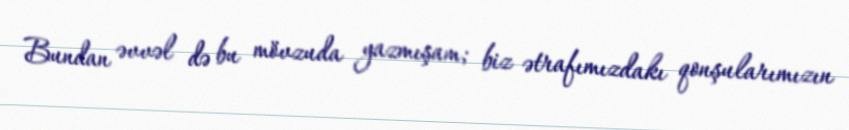
Bundan əvvəl də bu mövzuda yazmışam; biz ətrafımızdakı qonşularımızın